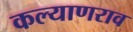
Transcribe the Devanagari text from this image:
कल्याणराव